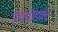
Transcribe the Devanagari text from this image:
एचप्रोडक्ट